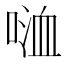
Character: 𠸡